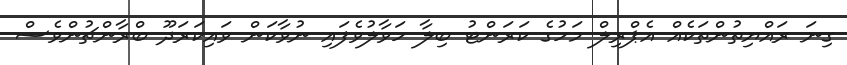
ގިނަ ރައްޔިތުންތަކެއް އެޕްރިލް މަހުގެ ކަރަންޓު ބިލާ ހަވާލުވެފައި ނުވާކަން ވައިކަަރަދޫ ބްރާންޗުންވެސް